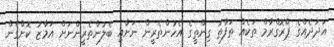
އަދަދެއްގެ ޕްރޮގްރާމް ތަކެއް ތަފާތު ގިންތީގެ އެހުންތެރީން ނަށާއި ބެލުންތެރީންނަށް އަމާޒު ކޮށްގެން